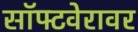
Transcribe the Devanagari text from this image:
सॉफ्टवेरावर